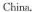
China.